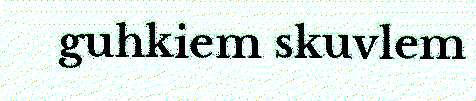
guhkiem skuvlem